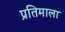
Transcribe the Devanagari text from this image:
प्रतिमाला